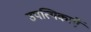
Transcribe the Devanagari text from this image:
उपत्यिकाएँ